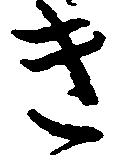
き